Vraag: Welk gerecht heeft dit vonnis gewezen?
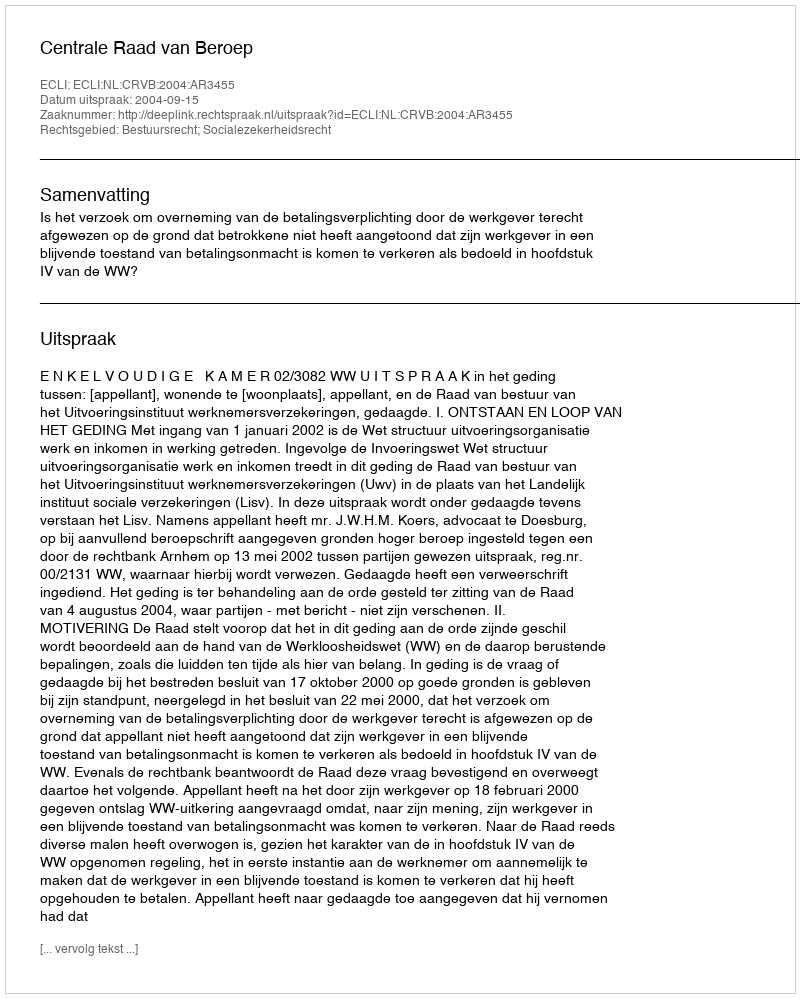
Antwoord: Centrale Raad van Beroep